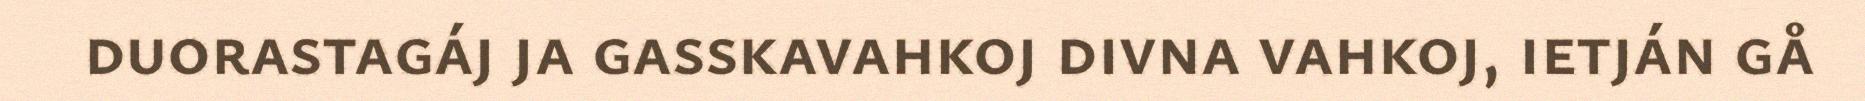
duorastagáj ja gasskavahkoj divna vahkoj, ietján gå